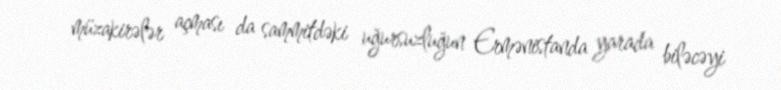
müzakirələr açması da sammitdəki uğursuzluğun Ermənistanda yarada biləcəyi